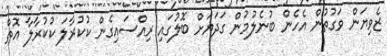
ޒެވިޔަން ވަގުތުން އެހެން ބުނެލުމުން ގަދަޔަށް ބޮލުގައި ރިއްސައިގެން ކުކުރާލަ ކުކުރާލާ އޮތް